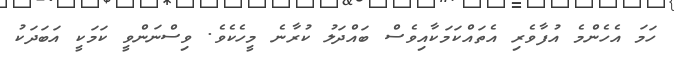
ހަމަ އެހެންމެ އުފާވެރި އެތައްކަމަކާއިވެސް ބައްދަލު ކުރާނެ މީހެކެވެ. ވިސްނަންވީ ކަަމަކީ އަބަދަކު